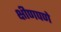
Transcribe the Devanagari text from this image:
क्षीणपणे